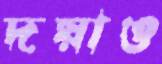
দয়াও